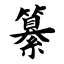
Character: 纂